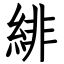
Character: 緋